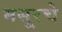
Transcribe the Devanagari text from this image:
मसूरचे